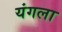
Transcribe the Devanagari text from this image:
यंगला